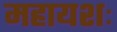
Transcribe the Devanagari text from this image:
महायशः